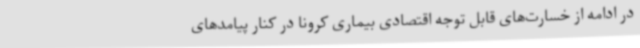
در ادامه از خسارت‌های قابل توجه اقتصادی بیماری کرونا در کنار پیامدهای